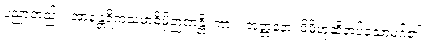
ပညာတည်း။ အာနန္တရိကသမာဓိမှိဉာဏန္တိ၊ ကား။ အတ္တနော၊ မိမိဟုဆိုအပ်သောမဂ်၏။